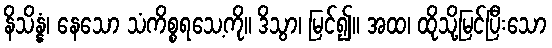
နိသိန္နံ၊ နေသော သံကိစ္စရသေ့ကို။ ဒိသွာ၊ မြင်၍။ အထ၊ ထိုသို့မြင်ပြီးသော